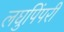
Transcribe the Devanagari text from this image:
लघुपिंपरी